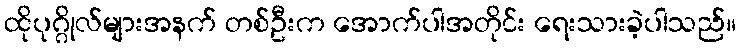
ထိုပုဂ္ဂိုလ်များအနက် တစ်ဦးက အောက်ပါအတိုင်း ရေးသားခဲ့ပါသည်။